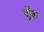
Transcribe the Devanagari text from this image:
चूँक